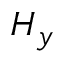
H _ { y }